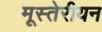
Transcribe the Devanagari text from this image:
मूस्तेरीयन